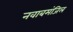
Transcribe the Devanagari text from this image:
नवाबमंजिल